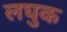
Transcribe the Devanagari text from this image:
लघुक